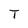
Character: T